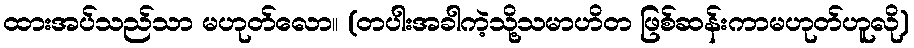
ထားအပ်သည်သာ မဟုတ်လော။ (တပါးအခါကဲ့သို့သမာဟိတ ဖြစ်ဆန်းကာမဟုတ်ဟူလို)